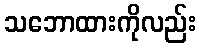
သဘောထားကိုလည်း